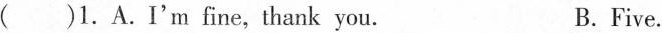
()1.A.I'm fine, thank you.B. Five.